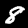
Digit: 8